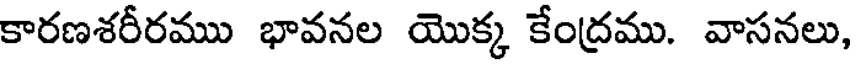
కారణశరీరము భావనల యొక్క కేంద్రము. వాసనలు,